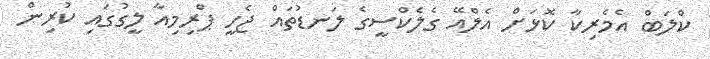
ކްލަބް އެމެރިކާ ކޮޅަށް އެލްއޭ ގެލެކްސީގެ ލަނޑުތައް ޖެހީ ޕްރިމިއާ ލީގުގައި ކުރިން